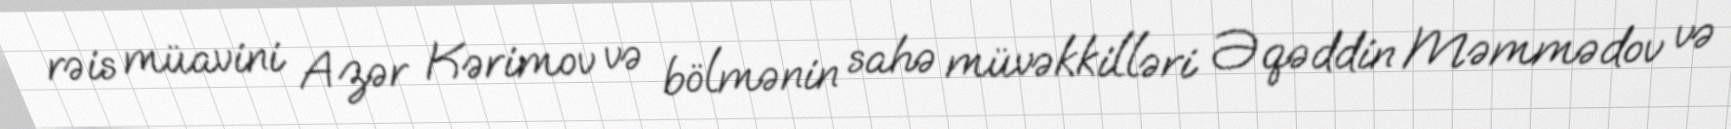
rəis müavini Azər Kərimov və bölmənin sahə müvəkkilləri Əqəddin Məmmədov və